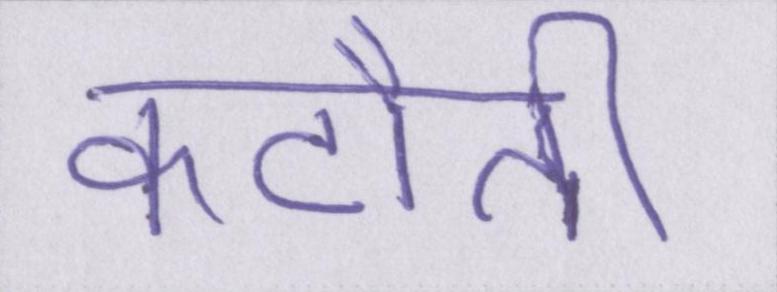
कटौती